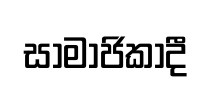
සාමාජිකාදී